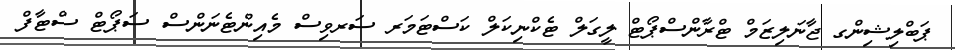
ޕަބްލިޝިންގ ޖާނަލިޒަމް ޓްރާންސްޕޯޓް ލީގަލް ޓެކްނިކަލް ކަސްޓަމަރ ސަރވިސް މެއިންޓެނަންސް ސަޕޯޓް ސްޓާފް